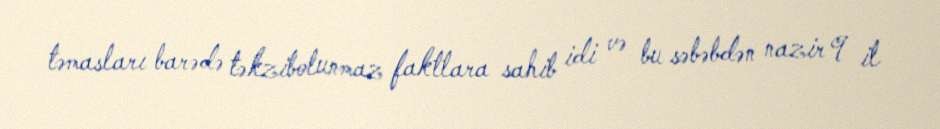
təmasları barədə təkzibolunmaz faktlara sahib idi və bu səbəbdən nazir 9 il